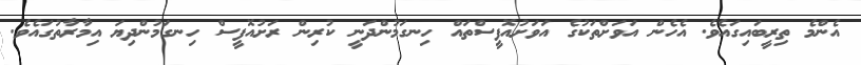
އެންމެ ތިރީބައިގައެވެ. އެހެން އަވަށްތަކުގެ އަވަށުއޮފީސްތައް ހިނގަމުންދަނީ ކުރިން ރަށުއޮފީސް ހިނގަމުންދިޔަ އިމާރާތުގައެވެ.